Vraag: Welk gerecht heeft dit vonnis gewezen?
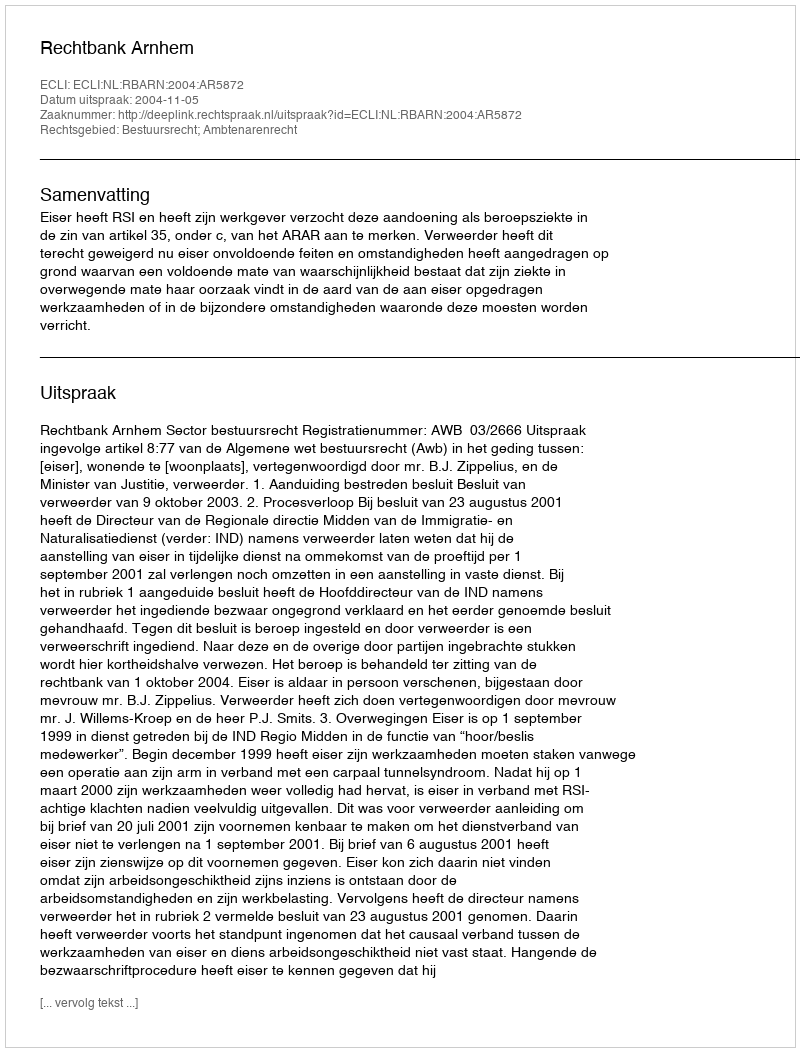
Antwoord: Rechtbank Arnhem